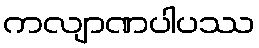
ကလျာဏပါပဿ